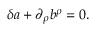
\delta a + \partial _ { \rho } b ^ { \rho } = 0 .